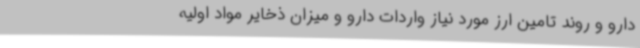
دارو و روند تامین ارز مورد نیاز واردات دارو و میزان ذخایر مواد اولیه